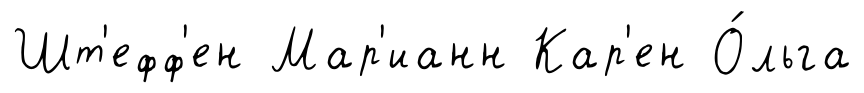
Шт'ефф'ен Мар'ианн Кар'ен О́льга